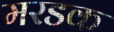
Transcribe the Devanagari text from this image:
मरडक